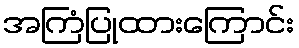
အကြံပြုထားကြောင်း